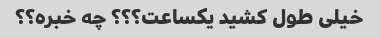
خیلی طول کشید یکساعت؟؟؟ چه خبره؟؟